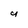
Character: y